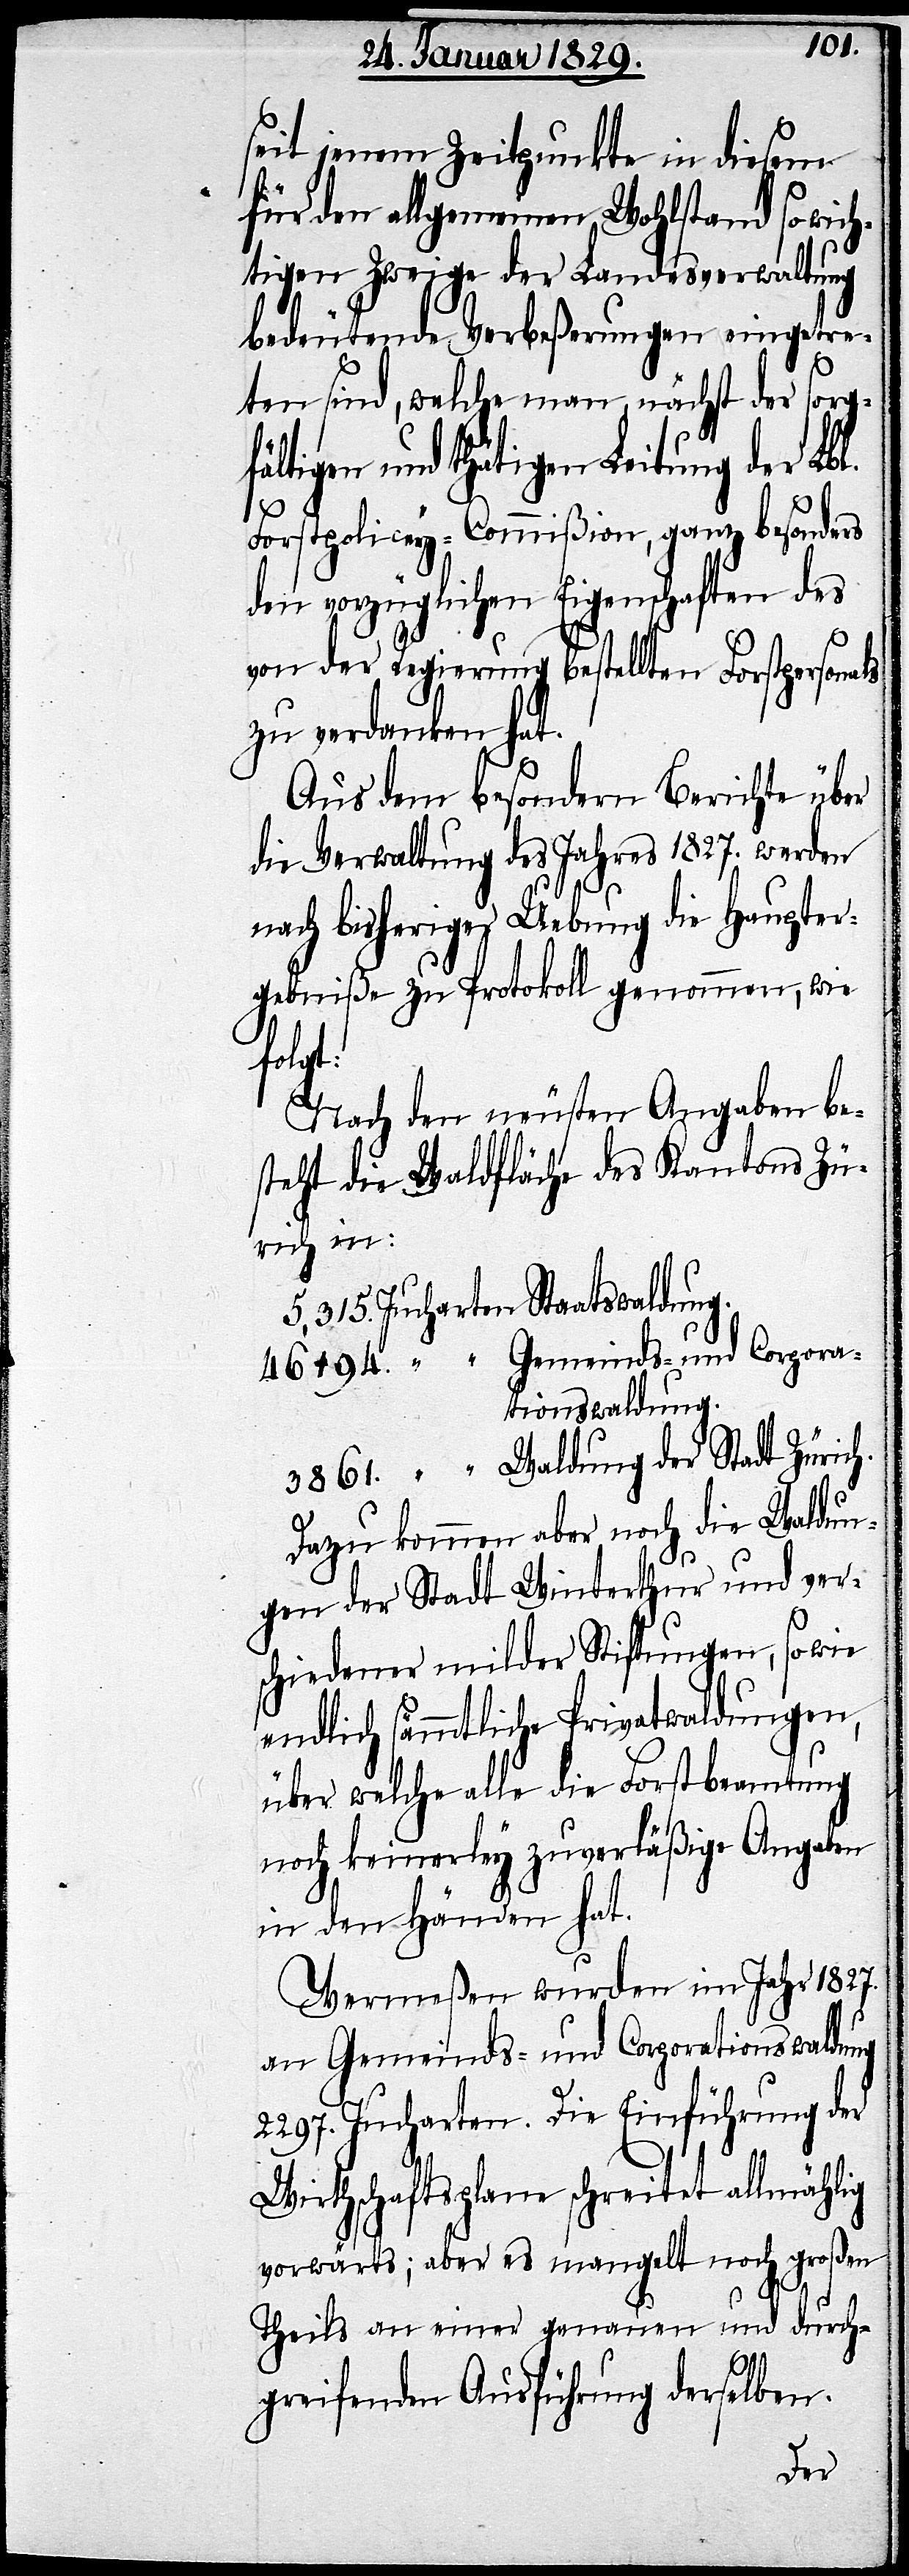
seit jenem Zeitpunkte in diesem
für den allgemeinen Wohlstand so wich¬
tigen Zweige der Landesverwaltung
bedeutende Verbeßerungen eingetre¬
ten sind, welche man, nächst der sorg¬
igen und thätigen Leitung der Lb¬
Forstpolicey-Commißion, ganz besonders
den vorzüglichen Eigenschaften des
von der Regierung bestellten Forstpersonals
zu verdanken hat.
Aus dem besondern Berichte über
die Verwaltung des Jahres 1827. werden
nach bisheriger Uebung die Haupter¬
gebniße zu Protokoll genommen, wie
folgt:
Nach den neusten Angaben be¬
steht die Waldfläche des Kantons Zü¬
rich in:
5,315. Jucharten Staatswaldung.
46194. “ Gemeinds- und Corpora¬
tionswaldung.
3861. “ Waldung der Stadt Zürich.
Dazu kommen aber noch die Waldun¬
gen der Stadt Winterthur und ver¬
schiedener milder Stiftungen, sowie
endlich sämmtliche Privatwaldungen,
über welche alle die Forstbeamtung
noch keinerley zuverläßige Angaben
in den Händen hat.
Vermeßen wurden im Jahr 1827.
an Gemeinds- und Corporationswaldung
2297. Jucharten. Die Einführung der
Wirthschaftsplane schreitet allmählig
vorwärts; aber es mangelt noch großen
l.
Theils an einer genauen und durch¬
greifenden Ausführung derselben.